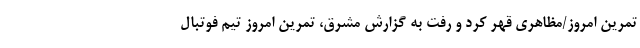
تمرین امروز/مظاهری قهر کرد و رفت به گزارش مشرق، تمرین امروز تیم فوتبال